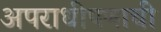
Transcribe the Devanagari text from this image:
अपराधीपणाची